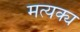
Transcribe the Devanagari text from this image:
मत्यक्य